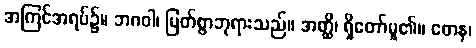
အကြင်အရပ်၌။ ဘဂဝါ၊ မြတ်စွာဘုရားသည်။ အတ္ထိ၊ ရှိတော်မူ၏။ တေန၊